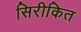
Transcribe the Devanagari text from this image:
सिरीकित